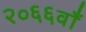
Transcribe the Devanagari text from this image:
२०६६वाँ